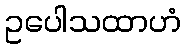
ဥပေါသထာဟံ